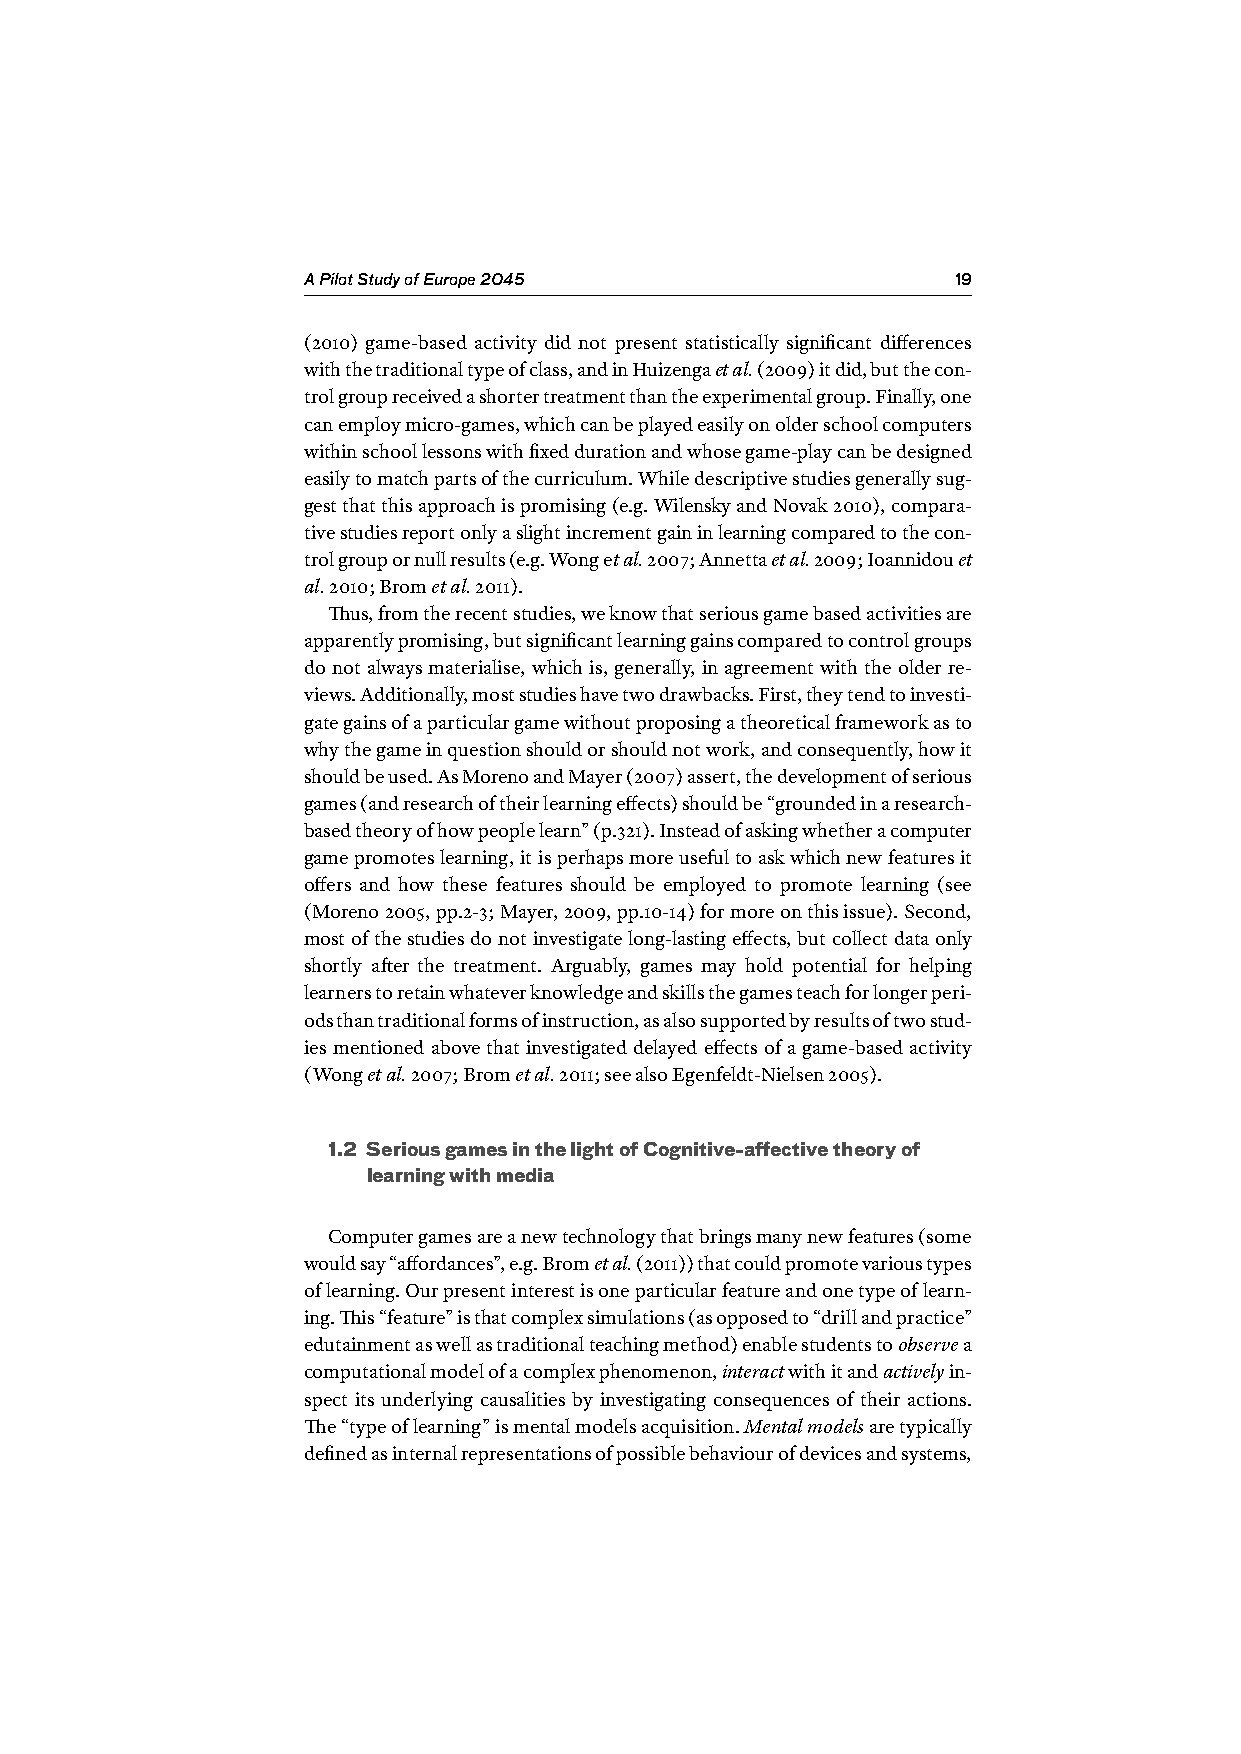
A Pilot Study of Europe 2045               19
 (2010) game-based activity did not present statistically significant differences
 with the traditional type of class, and in Huizenga et al. (2009) it did, but the con-
 trol group received a shorter treatment than the experimental group. Finally, one
 can employ micro-games, which can be played easily on older school computers
 within school lessons with fixed duration and whose game-play can be designed
 easily to match parts of the curriculum. While descriptive studies generally sug-
 gest that this approach is promising (e.g. Wilensky and Novak 2010), compara-
 tive studies report only a slight increment gain in learning compared to the con-
 trol group or null results (e.g. Wong et al. 2007; Annetta et al. 2009; Ioannidou et
 al. 2010; Brom et al. 2011).
 Thus, from the recent studies, we know that serious game based activities are
 apparently promising, but significant learning gains compared to control groups
 do not always materialise, which is, generally, in agreement with the older re-
 views. Additionally, most studies have two drawbacks. First, they tend to investi-
 gate gains of a particular game without proposing a theoretical framework as to
 why the game in question should or should not work, and consequently, how it
 should be used. As Moreno and Mayer (2007) assert, the development of serious
 games (and research of their learning effects) should be “grounded in a research-
 based theory of how people learn” (p.321). Instead of asking whether a computer
 game promotes learning, it is perhaps more useful to ask which new features it
 offers and how these features should be employed to promote learning (see
 (Moreno 2005, pp.2-3; Mayer, 2009, pp.10-14) for more on this issue). Second,
 most of the studies do not investigate long-lasting effects, but collect data only
 shortly after the treatment. Arguably, games may hold potential for helping
 learners to retain whatever knowledge and skills the games teach for longer peri-
 ods than traditional forms of instruction, as also supported by results of two stud-
 ies mentioned above that investigated delayed effects of a game-based activity
 (Wong et al. 2007; Brom et al. 2011; see also Egenfeldt-Nielsen 2005).
 1.2 Serious games in the light of Cognitive-affective theory of
 learning with media
 Computer games are a new technology that brings many new features (some
 would say “affordances”, e.g. Brom et al. (2011)) that could promote various types
 of learning. Our present interest is one particular feature and one type of learn-
 ing. This “feature” is that complex simulations (as opposed to “drill and practice”
 edutainment as well as traditional teaching method) enable students to observe a
 computational model of a complex phenomenon, interact with it and actively in-
 spect its underlying causalities by investigating consequences of their actions.
 The “type of learning” is mental models acquisition. Mental models are typically
 defined as internal representations of possible behaviour of devices and systems,